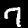
Digit: 7